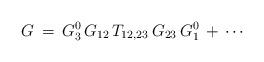
LaTeX: \begin{align*}G\,=\,G^0_3\,G_{12}\,T_{12,23}\,G_{23}\,G^0_1\,+\,\cdots\end{align*}